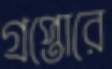
গ্রপ্তোরে